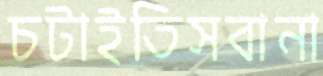
চটাইতিসবানা